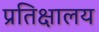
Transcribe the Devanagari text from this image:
प्रतिक्षालय